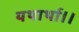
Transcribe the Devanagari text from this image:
यथार्था।।